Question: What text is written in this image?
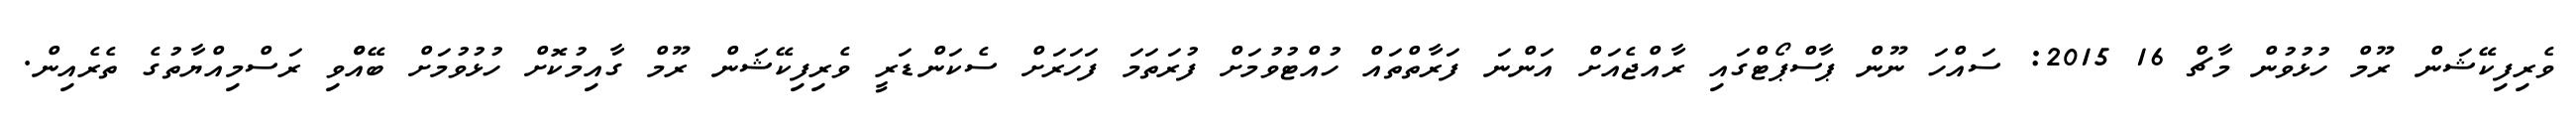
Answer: ވެރިފިކޭޝަން ރޫމް ހުޅުވުން މާޗް 16 2015: ސައްހަ ނޫން ޕާސްޕޯޓްގައި ރާއްޖެއަށް އަންނަ ފަރާތްތައް ހުއްޓުވުމަށް ފުރަތަމަ ފަހަރަށް ސެކަންޑަރީ ވެރިފިކޭޝަން ރޫމް ގާއިމުކޮށް ހުޅުވުމަށް ބޭއްްވި ރަސްމިއްޔާތުގެ ތެރެއިން.